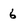
Character: 6